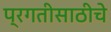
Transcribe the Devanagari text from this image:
प्रगतीसाठीचे